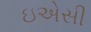
ઇએસી